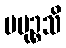
ပမုဉ္စသိ